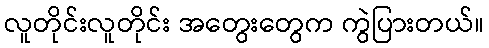
လူတိုင်းလူတိုင်း အတွေးတွေက ကွဲပြားတယ်။